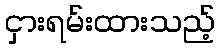
ငှားရမ်းထားသည့်